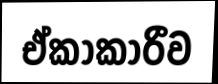
ඒකාකාරීව